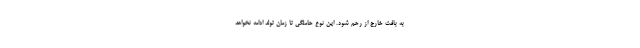
به بافت خارج از رحم شود. این نوع حاملگی تا زمان تولد ادامه نخواهد